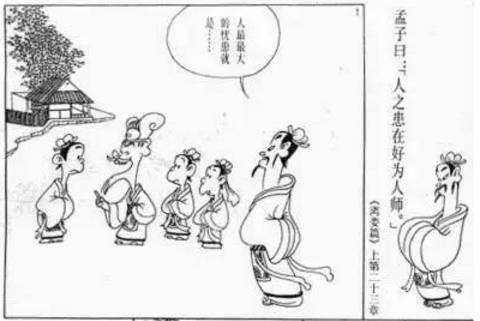
人有不虞之誉，有求全之毁。